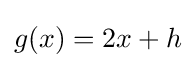
g(x)=2x+h